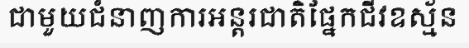
ជាមួយជំនាញការអន្តរជាតិផ្នែកជីវឧស្ម័ន